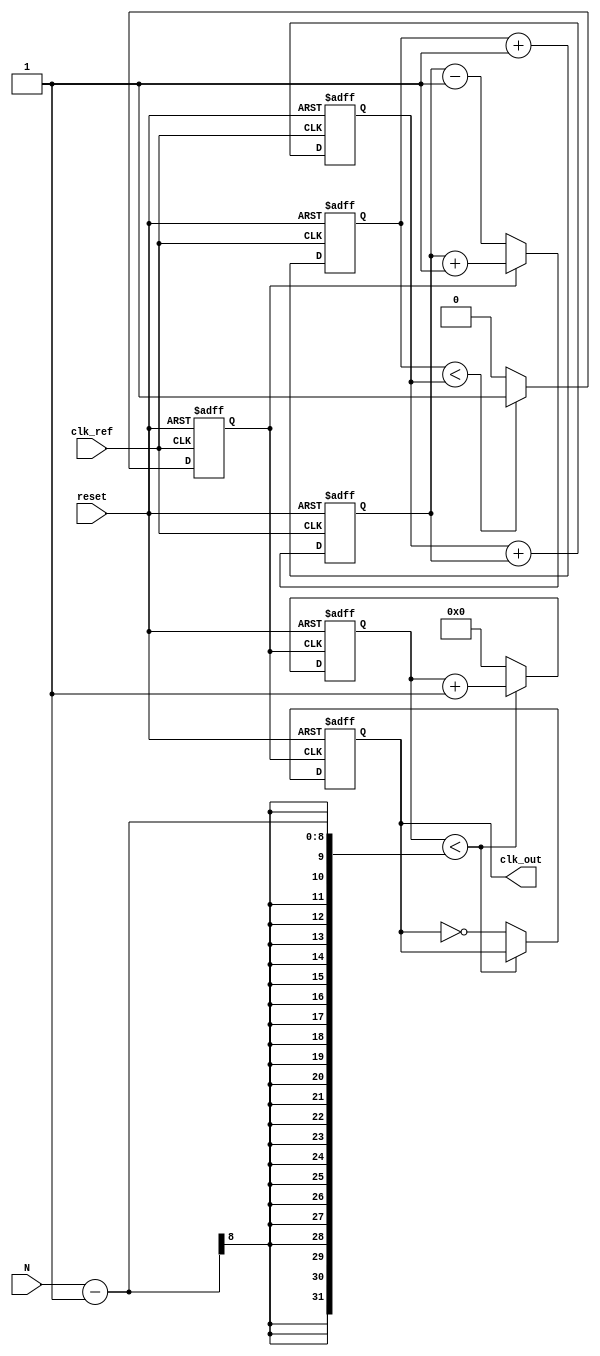
module integer_n_pll (
    input wire clk_ref,          // Reference clock input
    input wire reset,           // Reset signal
    input wire [7:0] N,         // Division ratio (N)
    output reg clk_out          // Output clock
);

    // Internal signals
    reg [31:0] phase_error;     // Phase error signal
    reg [31:0] control_voltage;  // Control voltage for VCO
    reg [31:0] vco_counter;      // VCO counter
    reg [31:0] feedback_divider; // Feedback divider counter
    reg clk_vco;                // VCO output clock

    // Phase Detector (PD)
    always @(posedge clk_ref or posedge reset) begin
        if (reset) begin
            phase_error <= 0;
        end else begin
            // Simple phase comparison logic (for demo purposes)
            // In a real design, this would be more complex
            if (clk_vco) begin
                phase_error <= phase_error + 1; // Increment error if VCO is high
            end else begin
                phase_error <= phase_error - 1; // Decrement error if VCO is low
            end
        end
    end

    // Loop Filter (LF)
    always @(posedge clk_ref or posedge reset) begin
        if (reset) begin
            control_voltage <= 0;
        end else begin
            // Simple integrative filter (for demo purposes)
            control_voltage <= control_voltage + phase_error;
        end
    end

    // Voltage-Controlled Oscillator (VCO)
    always @(posedge clk_ref or posedge reset) begin
        if (reset) begin
            vco_counter <= 0;
            clk_vco <= 0;
        end else begin
            // VCO frequency control based on control voltage
            if (vco_counter < control_voltage) begin
                clk_vco <= 1;
            end else begin
                clk_vco <= 0;
            end
            
            // Increment VCO counter
            vco_counter <= vco_counter + 1;
        end
    end

    // Feedback Divider
    always @(posedge clk_vco or posedge reset) begin
        if (reset) begin
            feedback_divider <= 0;
            clk_out <= 0;
        end else begin
            if (feedback_divider < N - 1) begin
                feedback_divider <= feedback_divider + 1;
            end else begin
                feedback_divider <= 0;
                clk_out <= ~clk_out; // Toggle output clock
            end
        end
    end

endmodule